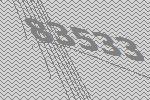
83533